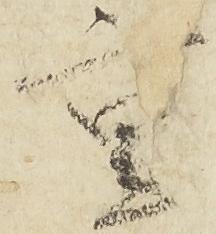
重